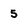
Character: 5